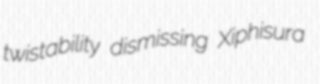
twistability dismissing Xiphisura